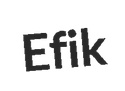
Efik